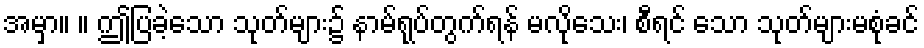
အမှာ။ ။ ဤပြခဲ့သော သုတ်များ၌ နာမ်ရုပ်တွက်ရန် မလိုသေး၊ စီရင် သော သုတ်များမစုံခင်